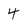
Character: 4